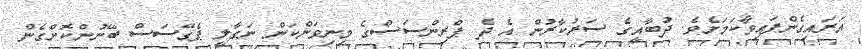
އަރައިގެންފައިވާކަމަށެވެ. ދުބާއީގެ ސަރުކާރުން އެ ދެ ޕްރިންސަސްގެ މިނިވަންކަން ނަގާލީ ޕެގޭސަސް ބޭނުންކޮށްގެން